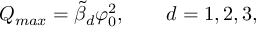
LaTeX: Q _ { m a x } = \tilde { \beta } _ { d } \varphi _ { 0 } ^ { 2 } , \qquad d = 1 , 2 , 3 ,